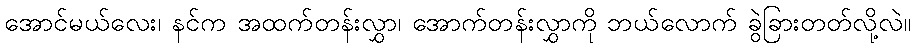
အောင်မယ်လေး၊ နင်က အထက်တန်းလွှာ၊ အောက်တန်းလွှာကို ဘယ်လောက် ခွဲခြားတတ်လို့လဲ။